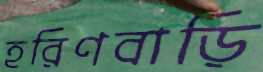
হরিণবাড়ি